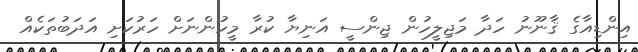
އިންޑިއާގެ ޤާނޫނު ހަދާ މަޖިލީހުން ޖިންސީ އަނިޔާ ކުރާ މީހުންނަށް ހަރުކަށި އަދަބުތަކެއް